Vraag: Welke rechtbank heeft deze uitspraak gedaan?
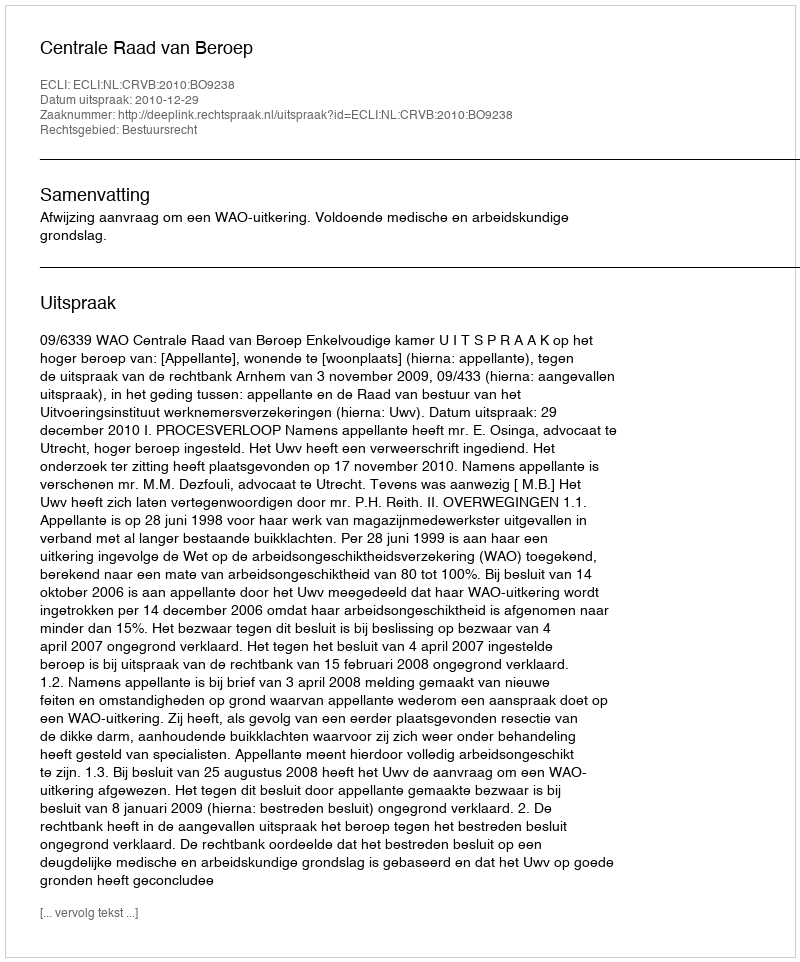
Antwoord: Centrale Raad van Beroep